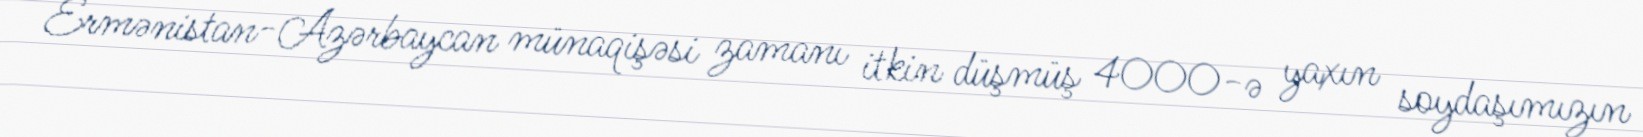
Ermənistan-Azərbaycan münaqişəsi zamanı itkin düşmüş 4000-ə yaxın soydaşımızın